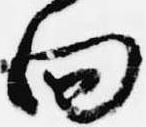
向